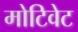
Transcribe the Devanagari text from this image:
मोटिवेट